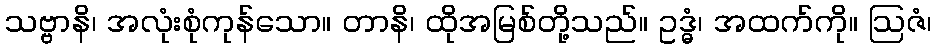
သဗ္ဗာနိ၊ အလုံးစုံကုန်သော။ တာနိ၊ ထိုအမြစ်တို့သည်။ ဥဒ္ဓံ၊ အထက်ကို။ ဩဇံ၊